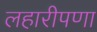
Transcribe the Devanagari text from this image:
लहारीपणा